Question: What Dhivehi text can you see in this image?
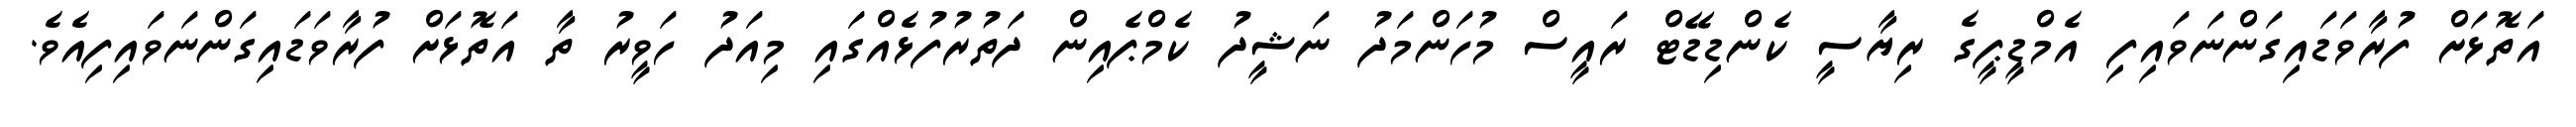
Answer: އަތޮޅަށް ފުރާވަޑައިގަންނަވައިފި އެމްޑީޕީގެ ރިޔާސީ ކެންޑިޑޭޓް ރައީސް މުހަންމަދު ނަޝީދު ކެމްޕެއިން ދަތުރުފުޅެއްގައި މިއަދު ހަވީރު ތާ އަތޮޅަށް ފުރާވަޑައިގަންނަވައިފިއެވެ.